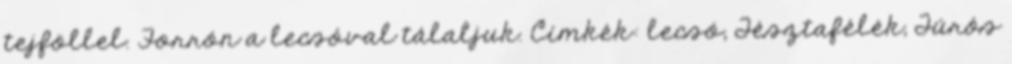
tejföllel. Forrón a lecsóval tálaljuk. Címkék: lecsó, Tésztafélék, Túrós